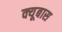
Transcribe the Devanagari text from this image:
क्यूबास